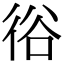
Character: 𢓾